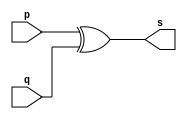
// --------------------- 
// Exemplo0005 - xor 
// Nome: Milton costa teles da silva
// --------------------- 
// --------------------- 
// -- xor gate 
// --------------------- 
module xorgate (output [0:3] s, 
                  input [0:3] p, 
                  input [0:3] q); 
  assign s = p ^ q; 
endmodule // xor 
// --------------------- 
// -- test xorgate 
// --------------------- 
module testxorgate; 
// ------------------------- dados locais 
   reg  [0:3] a,b; // definir registrador 
   wire [0:3] s; // definir conexao (fio) 
// ------------------------- instancia 
   xorgate XOR1 (s, a, b); 
// ------------------------- preparacao 
   initial begin:start 
     a=4'b0011; // 4 valores binarios 
     b=4'b0101; // 4 valores binarios 
   end 
// ------------------------- parte principal 
   initial begin:main 
     $display("Exemplo0005 - Milton costa teles da silva - 002751"); 
     $display("Test xor gate"); 
     $display("\n a ^ b = s\n"); 
     $monitor("%b ^ %b = %b", a, b, s); 
   #1 a=0; b=0;             // valores decimais 
   #1 a=4'b0010; b=4'b0001; // valores binarios 
   #1 a=4'd1; b=3;          // decimal e decimal 
   #1 a=4'o5; b=2;          // octal e decimal 
   #1 a=4'hA; b=3;          // hexadecimal e decimal 
   #1 a=4'h9; b=4'o3;       // hexadecimal e octal 
 end 
endmodule // testxorgate